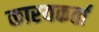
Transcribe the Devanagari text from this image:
कारयकर्ता